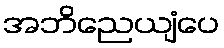
အဘိညေယျံပေ